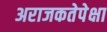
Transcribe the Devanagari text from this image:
अराजकतेपेक्षा